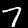
Label: 7